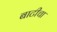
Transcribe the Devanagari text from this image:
बाटीचा